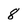
Character: 8